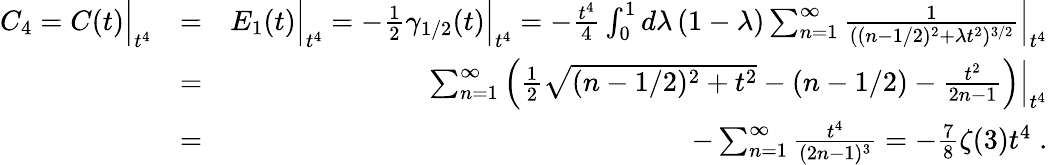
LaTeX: \begin{array}{rlr}{C_{4}=C(t)\Big|_{t^{4}}}&{=}&{E_{1}(t)\Big|_{t^{4}}=-{\frac{1}{2}}\gamma_{1/2}(t)\Big|_{t^{4}}=-{\frac{t^{4}}{4}}\int_{0}^{1}d\lambda\, (1-\lambda)\sum_{n=1}^{\infty}{\frac{1}{((n-1/2)^{2}+\lambda t^{2})^{3/2}}}\Big|_{t^{4}}}\\ &{=}&{\sum_{n=1}^{\infty}\left({\frac{1}{2}}\sqrt{(n-1/2)^{2}+t^{2}}-(n-1/2)-{\frac{t^{2}}{2n-1}}\right)\Big|_{t^{4}}}\\ &{=}&{-\sum_{n=1}^{\infty}{\frac{t^{4}}{(2n-1)^{3}}}=-{\frac{7}{8}}\zeta(3)t^{4}\; .}\end{array}